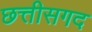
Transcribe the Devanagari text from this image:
छत्तीसगद